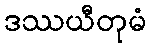
ဒဿယီတုမံ